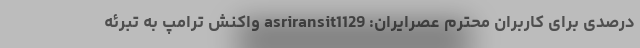
درصدی برای کاربران محترم عصرایران: asriransit1129 واکنش ترامپ به تبرئه